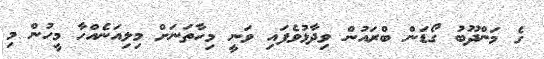
ގެ މަންދޫބު ގޯޑަން ބްރައުން ވިދާޅުވެފައި ވަނީ މިހާތަނަށް މިލިއަނެއްހާ މީހުން މި